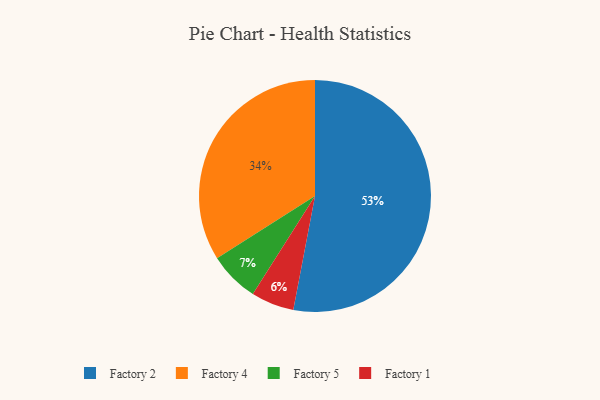
{"axis": {"x": "Category", "y": "Percentage"}, "legend": ["Factory 1", "Factory 2", "Factory 4", "Factory 5"], "data": [{"x": "Factory 1", "y": 6, "type": "Factory 1"}, {"x": "Factory 2", "y": 53, "type": "Factory 2"}, {"x": "Factory 4", "y": 34, "type": "Factory 4"}, {"x": "Factory 5", "y": 7, "type": "Factory 5"}]}